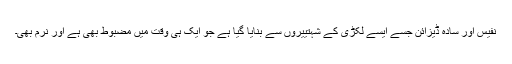
نفیس اور سادہ ڈیزائن جسے ایسے لکڑی کے شہتییروں سے بنایا گیا ہے جو ایک ہی وقت میں مضبوط بھی ہے اور نرم بھی۔